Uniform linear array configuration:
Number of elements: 12
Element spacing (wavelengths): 0.25
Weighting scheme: hann
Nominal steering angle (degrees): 60
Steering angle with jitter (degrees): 59.517
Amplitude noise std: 0.05
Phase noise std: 0.05

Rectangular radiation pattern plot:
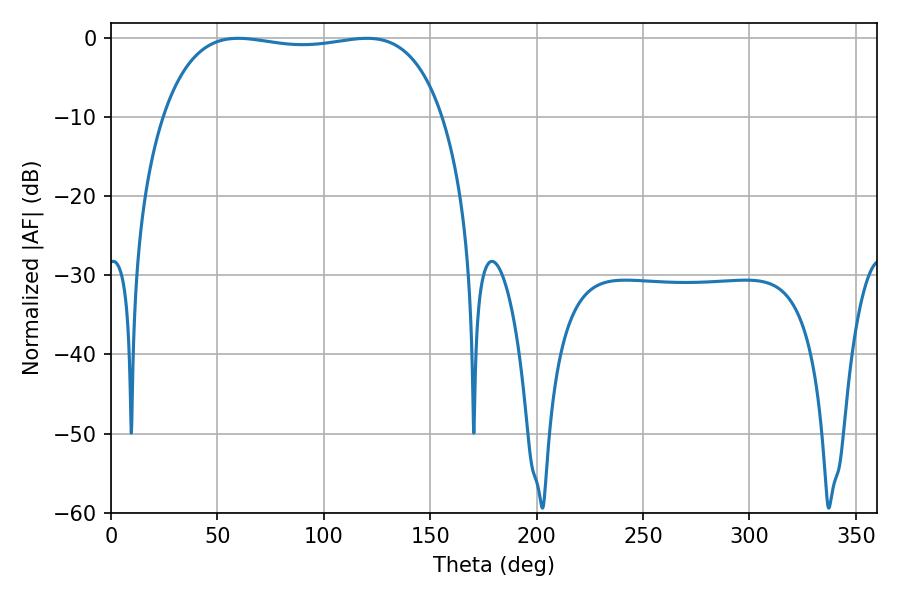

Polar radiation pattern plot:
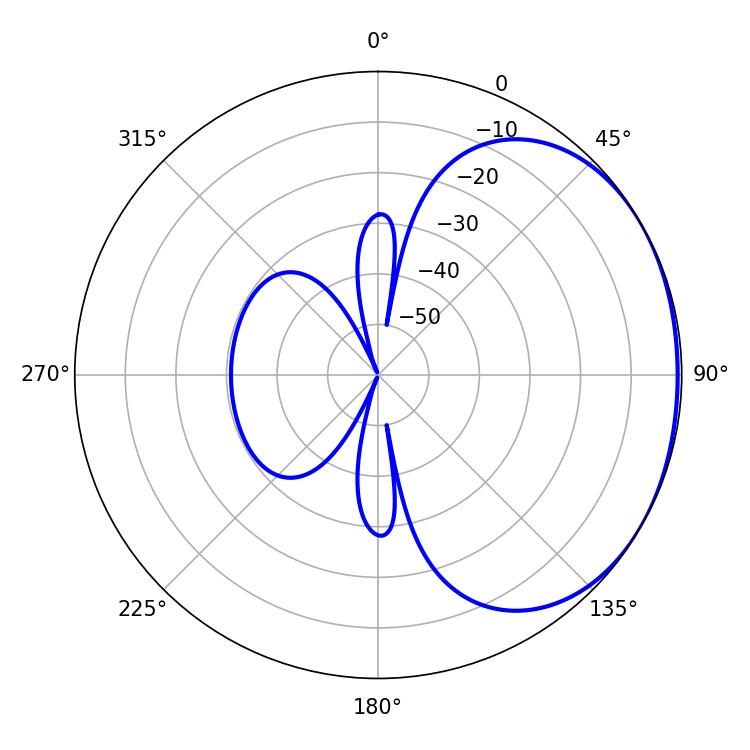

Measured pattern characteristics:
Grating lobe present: FALSE
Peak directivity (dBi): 1.31
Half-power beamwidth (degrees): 105.48
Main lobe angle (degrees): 59.76